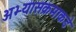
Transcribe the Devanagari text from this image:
अभ्यासक्रमाकडे